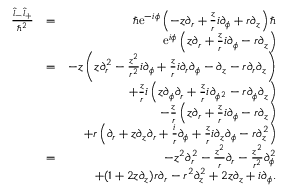
\begin{array} { r l r } { \frac { \hat { l } _ { - } \hat { l } _ { + } } { \hbar ^ { 2 } } } & { = } & { \hbar \mathrm { e } ^ { - i \phi } \left( - z \partial _ { r } + \frac { z } { r } i \partial _ { \phi } + r \partial _ { z } \right) \hbar } \\ & { } & { \mathrm { e } ^ { i \phi } \left( z \partial _ { r } + \frac { z } { r } i \partial _ { \phi } - r \partial _ { z } \right) } \\ & { = } & { - z \left( z \partial _ { r } ^ { 2 } - \frac { z ^ { 2 } } { r ^ { 2 } } i \partial _ { \phi } + \frac { z } { r } i \partial _ { r } \partial _ { \phi } - \partial _ { z } - r \partial _ { r } \partial _ { z } \right) } \\ & { } & { + \frac { z } { r } i \left( z \partial _ { \phi } \partial _ { r } + \frac { z } { r } i \partial _ { \phi ^ { 2 } } - r \partial _ { \phi } \partial _ { z } \right) } \\ & { } & { - \frac { z } { r } \left( z \partial _ { r } + \frac { z } { r } i \partial _ { \phi } - r \partial _ { z } \right) } \\ & { } & { + r \left( \partial _ { r } + z \partial _ { z } \partial _ { r } + \frac { i } { r } \partial _ { \phi } + \frac { z } { r } i \partial _ { z } \partial _ { \phi } - r \partial _ { z } ^ { 2 } \right) } \\ & { = } & { - z ^ { 2 } \partial _ { r } ^ { 2 } - \frac { z ^ { 2 } } { r } \partial _ { r } - \frac { z ^ { 2 } } { r ^ { 2 } } \partial _ { \phi } ^ { 2 } } \\ & { } & { + ( 1 + 2 z \partial _ { z } ) r \partial _ { r } - r ^ { 2 } \partial _ { z } ^ { 2 } + 2 z \partial _ { z } + i \partial _ { \phi } . } \end{array}